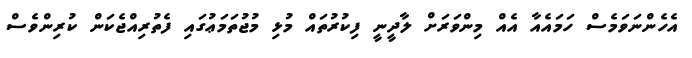
އެހެންނަވަމެސް ހަމައެއާ އެއް މިންވަރަށް ލާދީނީ ފިކުރުތައް މުޅި މުޖުތަމަޢުގައި ފެތުރިއްޖެކަން ކުރިންވެސް